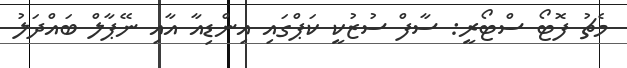
މެޗު ފޮޓޯ ސްޓޯރީ: ސާފް ސުޒުކީ ކަޕްގައި އިންޑިއާ އާއި ނޭޕާލް ބައްދަލު